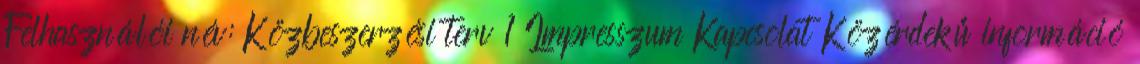
Felhasználói név: Közbeszerzési terv 1 Impresszum Kapcsolat Közérdekű információ